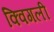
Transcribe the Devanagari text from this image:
क्विगली